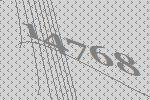
14768